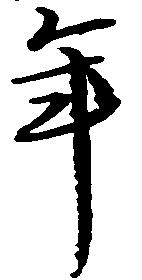
年